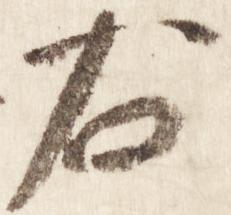
右